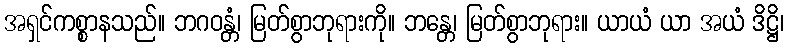
အရှင်ကစ္စာနသည်။ ဘဂဝန္တံ၊ မြတ်စွာဘုရားကို။ ဘန္တေ၊ မြတ်စွာဘုရား။ ယာယံ ယာ အယံ ဒိဋ္ဌိ၊